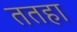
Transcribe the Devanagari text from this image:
ततहा